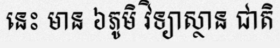
នេះ មាន ៦ភូមិ វិទ្យាស្ថាន ជាតិ